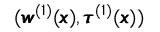
( { \pmb w } ^ { ( 1 ) } ( { \pmb x } ) , { \pmb \tau ^ { ( 1 ) } } ( { \pmb x } ) )